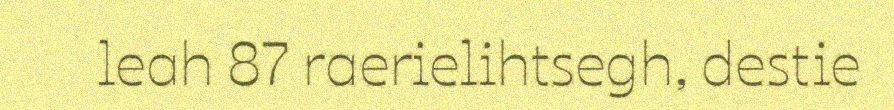
leah 87 raerielihtsegh, destie